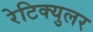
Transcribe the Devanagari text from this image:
रेटिक्युलर